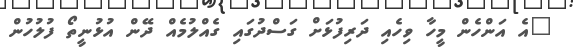
"އެ އަންހެން މީހާ ވިހެއި ދަރިފުޅަށް ގަސްދުގައި ގެއްލުމެއް ދޭން އުޅުނީތޯ ފުލުހުން